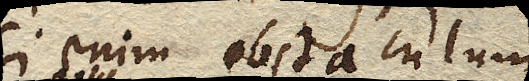
Si enim obstaculum